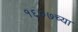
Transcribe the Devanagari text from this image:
१६०७च्या